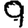
Digit: 9